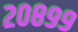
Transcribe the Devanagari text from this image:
२०८९९